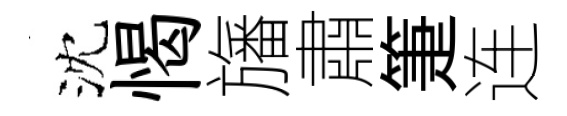
沈愒旛肅箑连